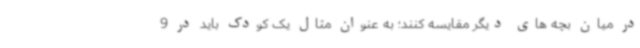
در میان بچه های دیگر مقایسه کنند؛ به عنوان مثال یک کودک باید در 9